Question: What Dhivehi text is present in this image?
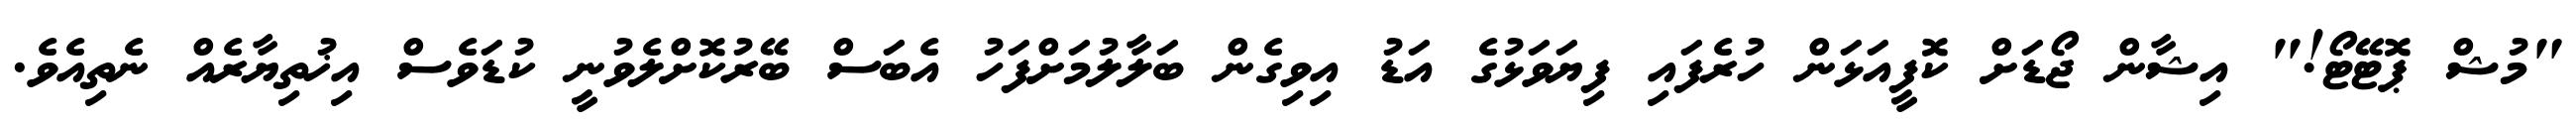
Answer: "މުޝް ޕޮޓޭޓޯ!" އިޝާން ޖޯޑަށް ކޮފީއަޅަން ހުރެފައި ފިޔަވަޅުގެ އަޑު އިވިގެން ބަލާލުމަށްފަހު އެބަސް ބޭރުކޮށްލެވުނީ ކުޑަވެސް އިޚުތިޔާރެއް ނެތިއެވެ.